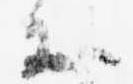
等